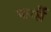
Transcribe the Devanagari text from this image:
फार्ले